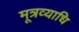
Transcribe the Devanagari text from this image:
मूत्रव्याधि